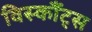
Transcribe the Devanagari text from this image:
विस्कौंट्स